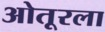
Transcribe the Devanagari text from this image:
ओतूरला